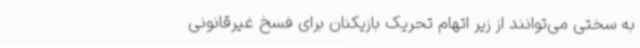
به سختی می‌توانند از زیر اتهام تحریک بازیکنان برای فسخ غیرقانونی